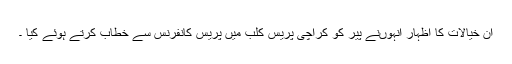
ان خیالات کا اظہار انہوںنے پیر کو کراچی پریس کلب میں پریس کانفرنس سے خطاب کرتے ہوئے کیا ۔